NAE_ERA_R-2324_Eesti_Vabariigi_Pohiseaduslik_Assamblee, lk 38
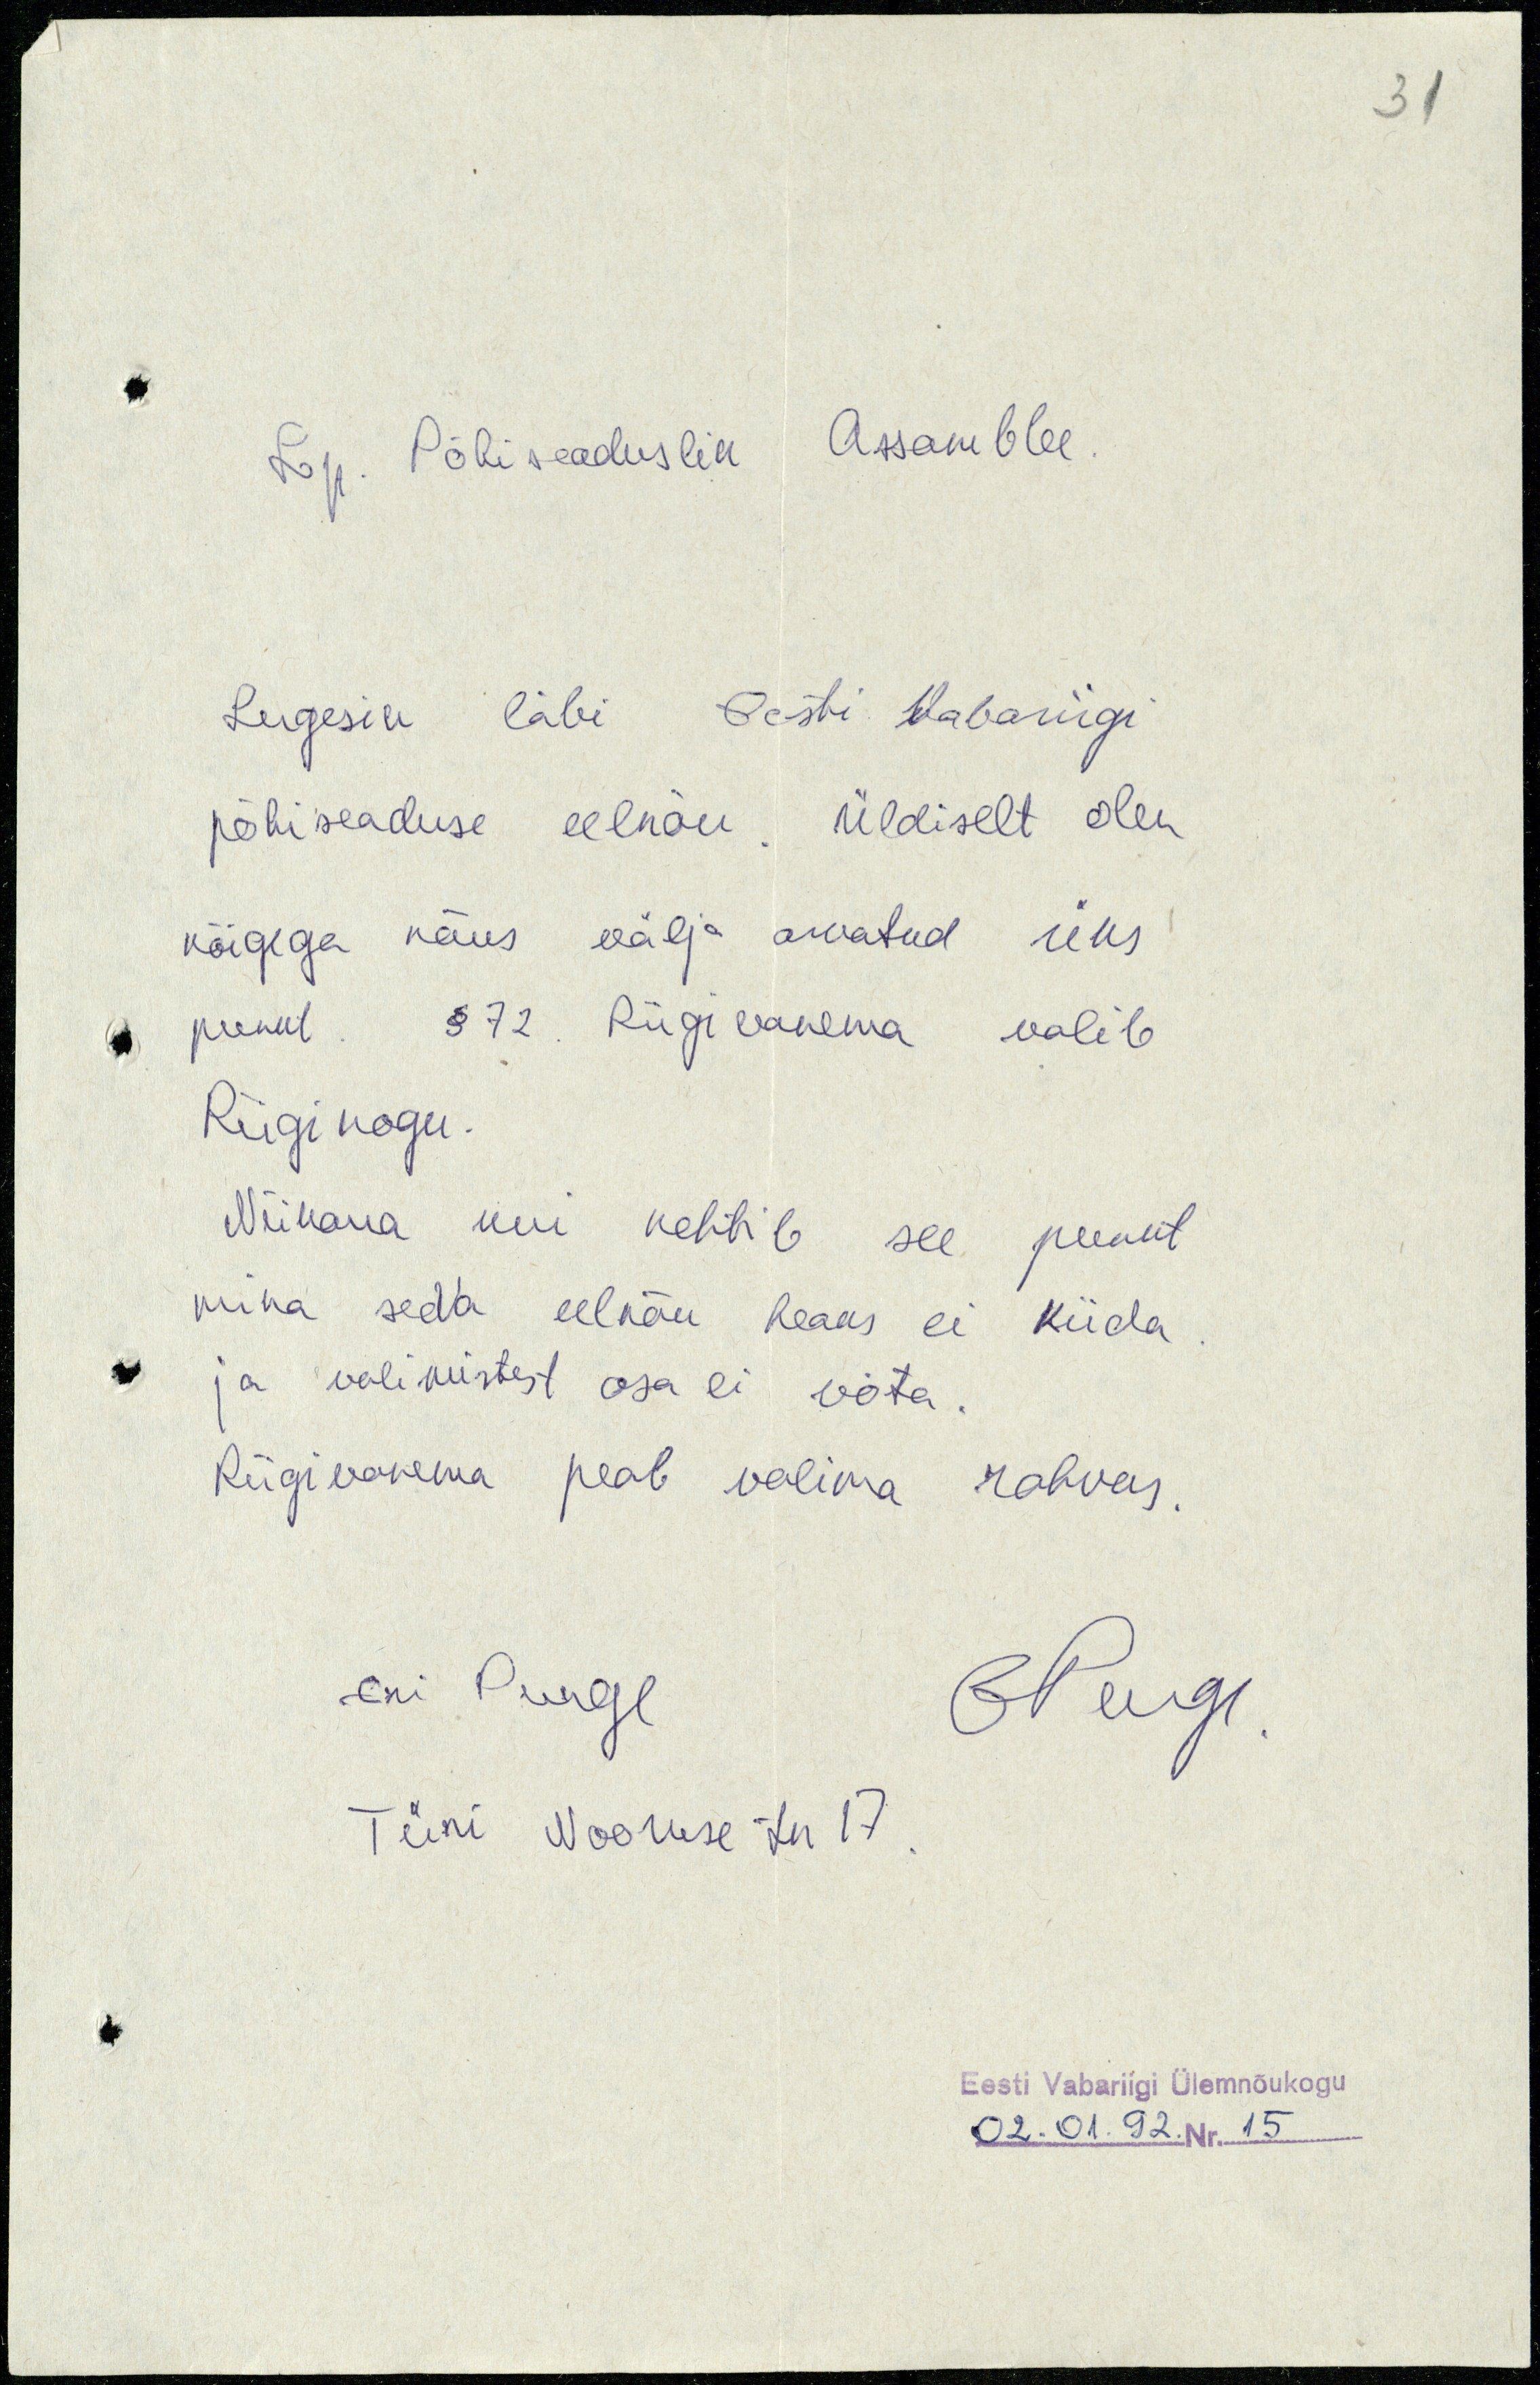
31

Lp. Põhiseaduslik Assamblee.
Lugesin läbi Eesti Vabariigi
põhiseaduse eelnõu. Üldiselt olen
kõigega nõus välja arvatud üks
punkt. § 72 Riigivanema valib
Riigikogu.
Niikaua kui kehtib see punkt
mina seda eelnõu heaks ei kiida.
ja valimistest osa ei võta.
Riigivanema peab valima rahvas.
Eri Punge
EPunge
Türi Nooruse tn 17.
Eesti Vabariigi Ülemnõukogu
02.01.92. Nr.15